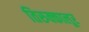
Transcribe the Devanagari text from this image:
तिरुक्कालूर